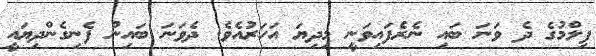
ފިލްމުގެ ދެ ވަނަ ބައި ނެރެފައިވަނީ މިދިޔަ އަހަރުއެވެ. ދެވަނަ ބައިން ފެނިގެންދިޔައީ